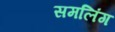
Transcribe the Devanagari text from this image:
समलिंग